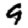
Digit: 9